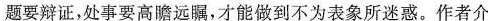
题要辩证，处事要高瞻远瞩，才能做到不为表象所迷惑。作者介